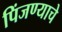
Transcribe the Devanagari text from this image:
पिंजण्याचे